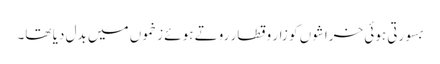
بسورتی ہوئی خراشوں کو زار و قطار روتے ہوئے زخموں میں بدل دیا تھا۔